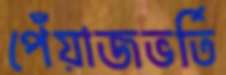
পেঁয়াজভর্তি